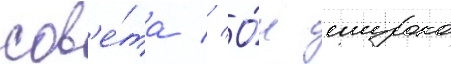
сов'е́та // О́н широко